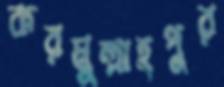
করমুল্লাহপুর